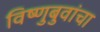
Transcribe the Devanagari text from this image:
विष्णुबुवांचा